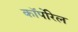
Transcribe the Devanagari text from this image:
कॉर्पोरेल